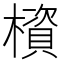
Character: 𰘹